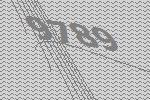
9789